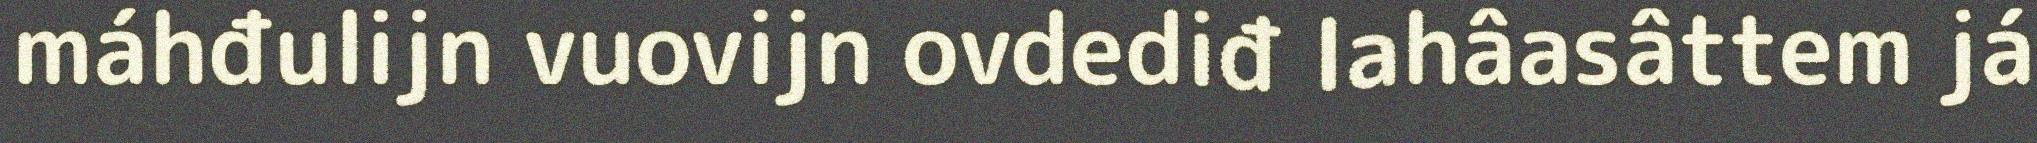
máhđulijn vuovijn ovdediđ lahâasâttem já